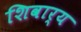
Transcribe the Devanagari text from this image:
शिवार्य